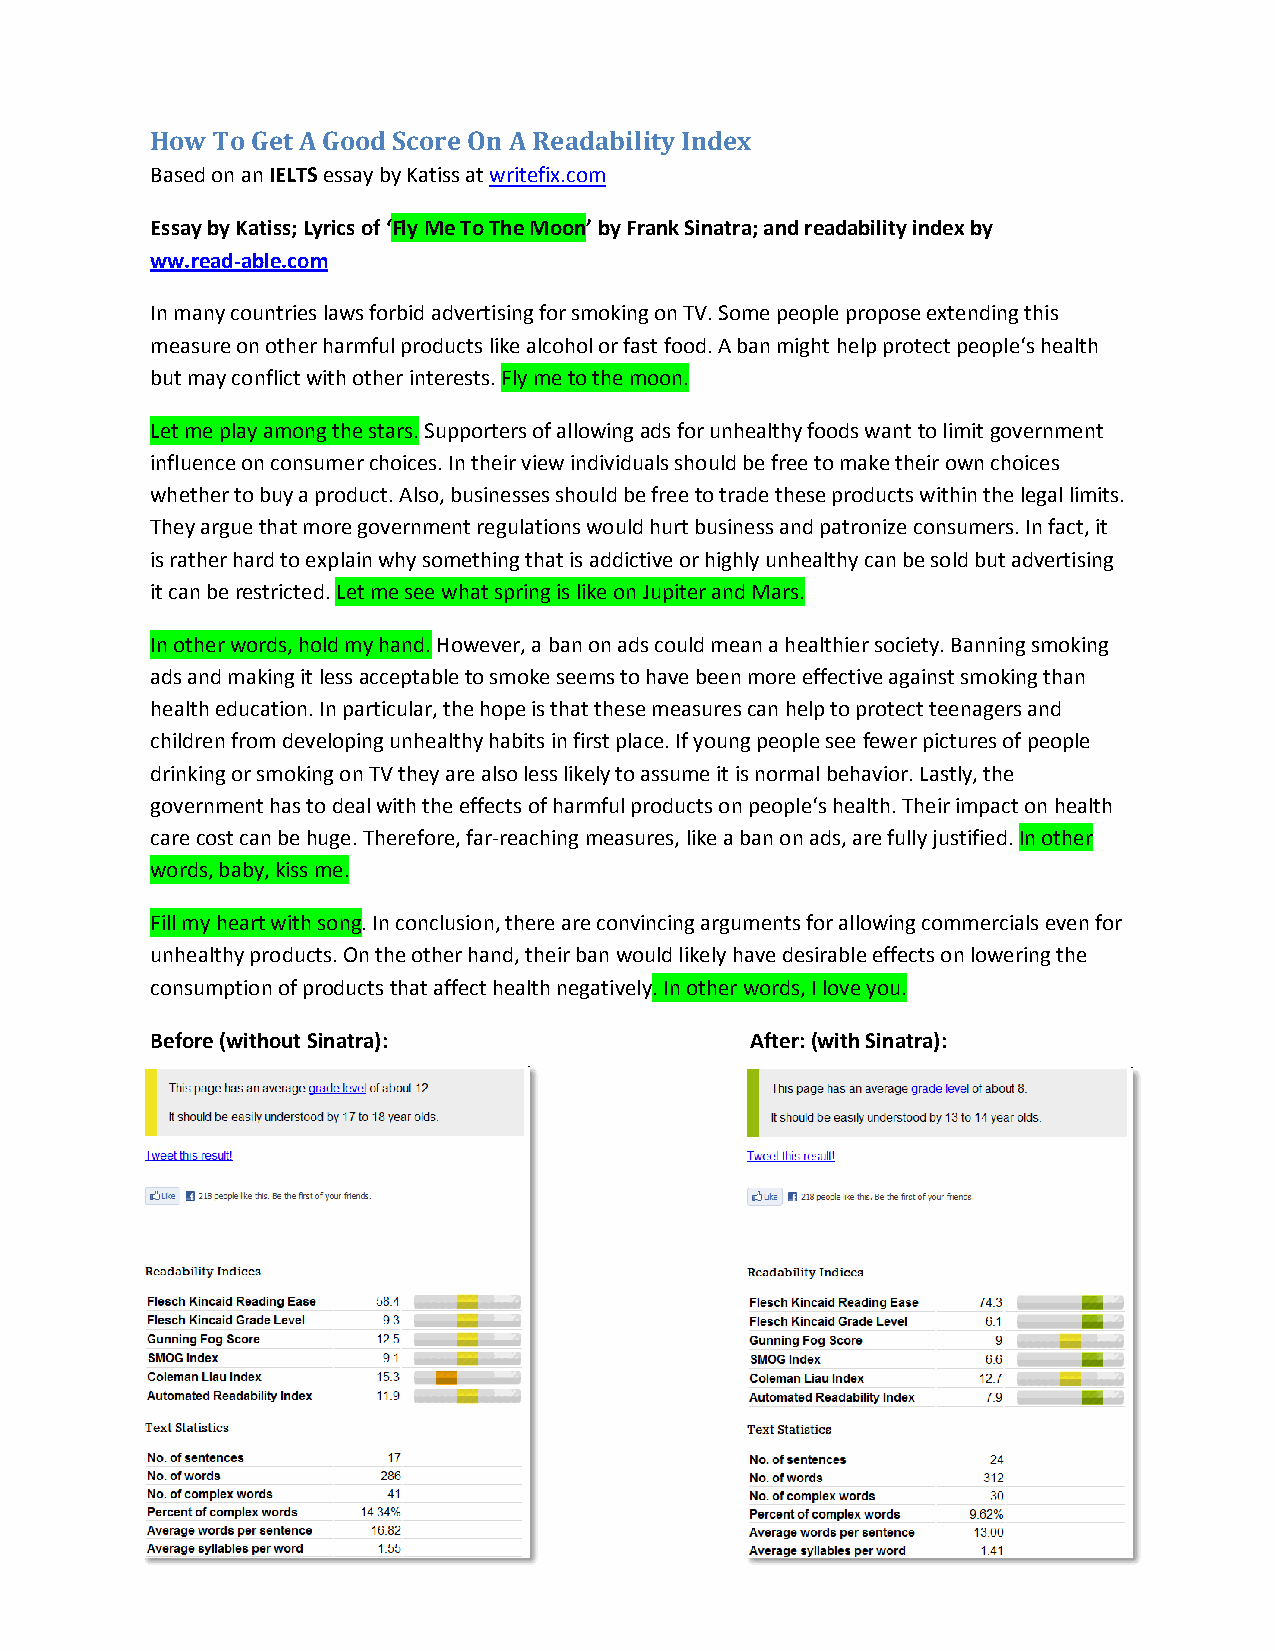
How To Get A Good Score On A Readability Index
 Based on an IELTS essay by Katiss at writefix.com
 Essay by Katiss; Lyrics of ‘Fly Me To The Moon’ by Frank Sinatra; and readability index by
 ww.read-able.com
 In many countries laws forbid advertising for smoking on TV. Some people propose extending this
 measure on other harmful products like alcohol or fast food. A ban might help protect people‘s health
 but may conflict with other interests. Fly me to the moon.
 Let me play among the stars. Supporters of allowing ads for unhealthy foods want to limit government
 influence on consumer choices. In their view individuals should be free to make their own choices
 whether to buy a product. Also, businesses should be free to trade these products within the legal limits.
 They argue that more government regulations would hurt business and patronize consumers. In fact, it
 is rather hard to explain why something that is addictive or highly unhealthy can be sold but advertising
 it can be restricted. Let me see what spring is like on Jupiter and Mars.
 In other words, hold my hand. However, a ban on ads could mean a healthier society. Banning smoking
 ads and making it less acceptable to smoke seems to have been more effective against smoking than
 health education. In particular, the hope is that these measures can help to protect teenagers and
 children from developing unhealthy habits in first place. If young people see fewer pictures of people
 drinking or smoking on TV they are also less likely to assume it is normal behavior. Lastly, the
 government has to deal with the effects of harmful products on people‘s health. Their impact on health
 care cost can be huge. Therefore, far-reaching measures, like a ban on ads, are fully justified. In other
 words, baby, kiss me.
 Fill my heart with song. In conclusion, there are convincing arguments for allowing commercials even for
 unhealthy products. On the other hand, their ban would likely have desirable effects on lowering the
 consumption of products that affect health negatively. In other words, I love you.
 Before (without Sinatra):               After: (with Sinatra):